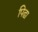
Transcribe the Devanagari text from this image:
पिढा